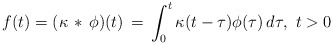
\begin{align*}f(t) = (\kappa\, *\, \phi)(t) \, = \, \int_0^t \kappa(t-\tau)\phi(\tau)\, d\tau,\ t>0\end{align*}